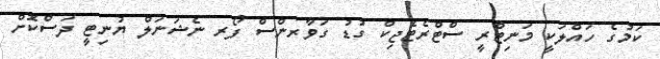
ކަމުގެ ހައްލަކީ މަނިޓްރީ ސްޓްރެޓެޖިކް ގުޑު ގަވާރންސް ފޯރ ނެޝަނަލް ޔުނިޓީ ދަސްކޮށް